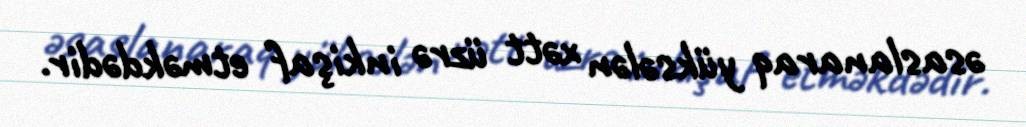
əsaslanaraq yüksələn xətt üzrə inkişaf etməkdədir.